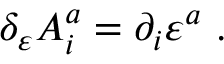
\delta _ { \varepsilon } A _ { i } ^ { a } = \partial _ { i } \varepsilon ^ { a } \ .